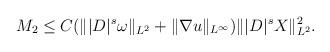
LaTeX: \begin{align*}M_2\leq C (\||D|^{s}\omega\|_{L^2}+\|\nabla u\|_{L^{\infty}})\||D|^s X\|_{L^2}^2.\end{align*}